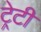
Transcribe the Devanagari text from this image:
ट्रेटी